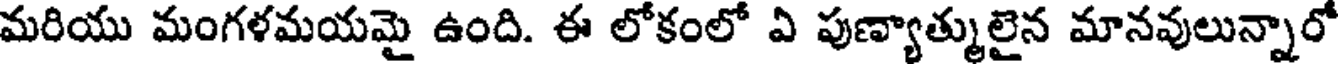
మరియు మంగళమయమై ఉంది. ఈ లోకంలో ఏ పుణ్యాత్ములైన మానవులున్నారో